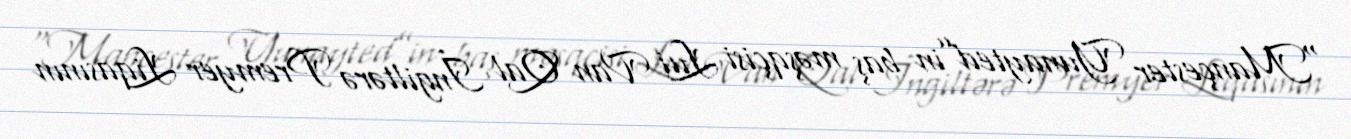
“Mançester Yunayted”in baş məşqçisi Lui Van Qal İngiltərə Premyer Liqasının